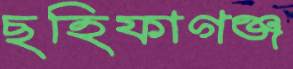
ছহিফাগঞ্জ